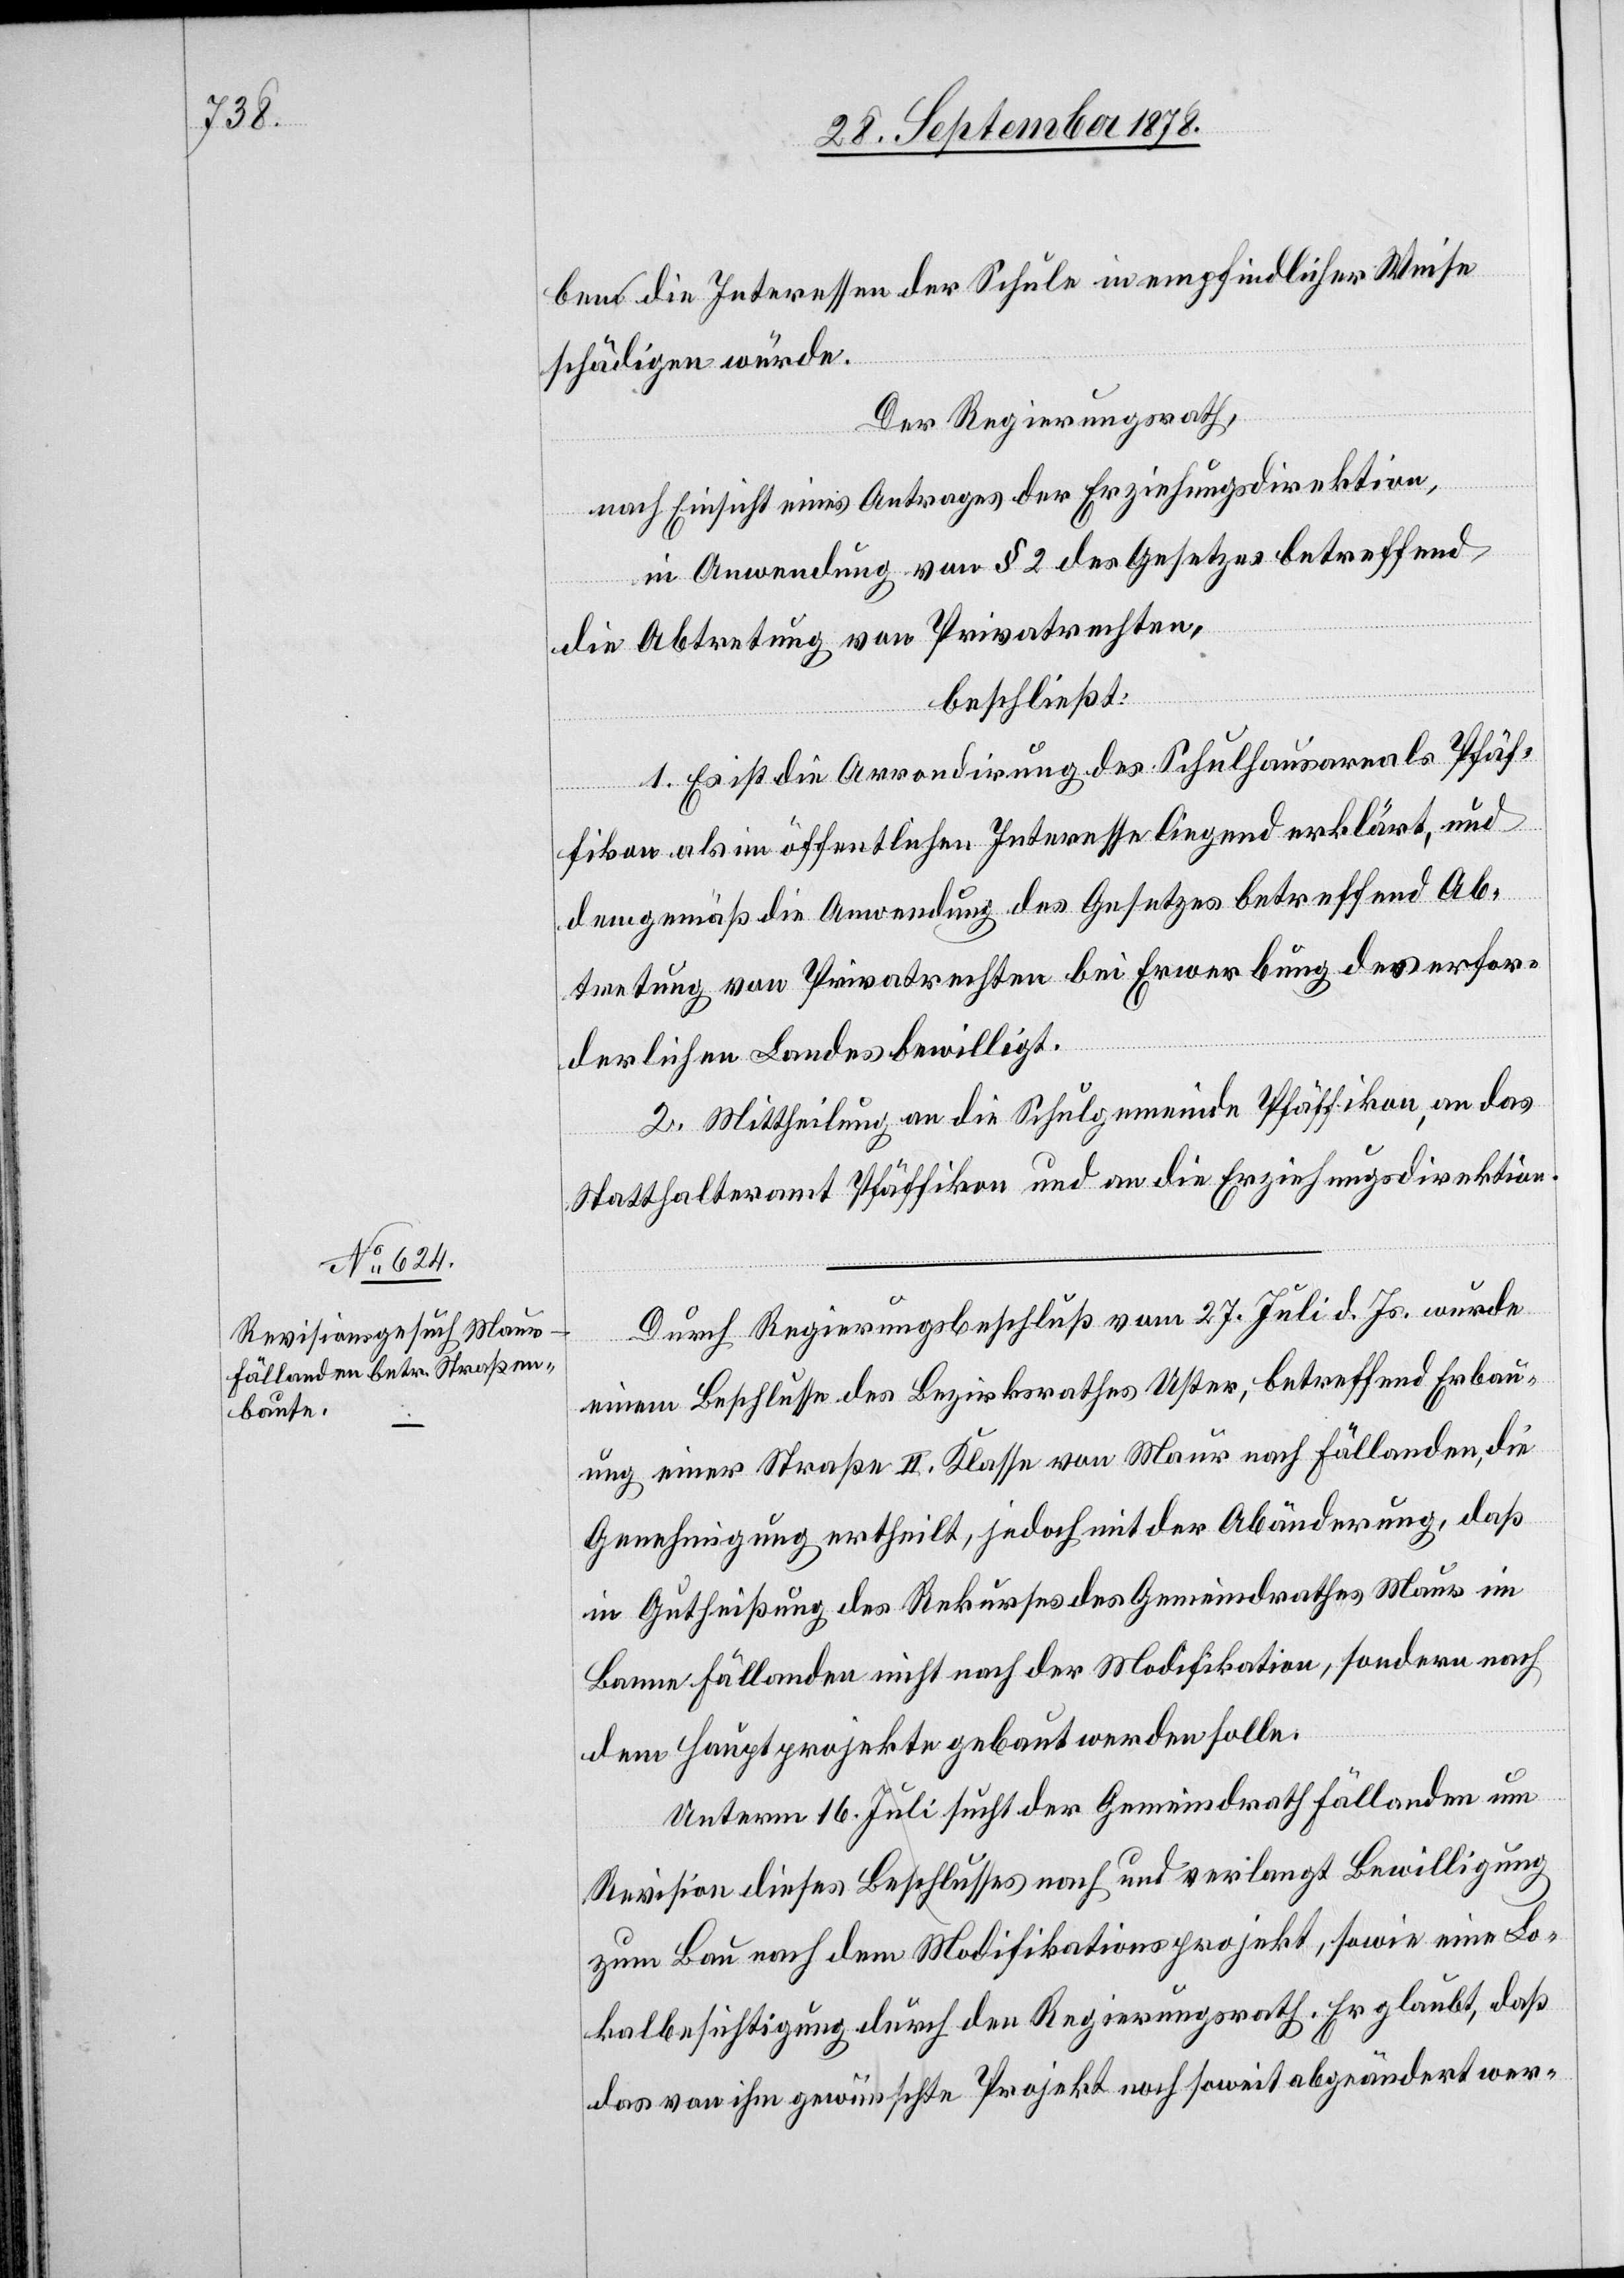
bem die Interessen der Schule in empfindlicher Weise
schädigen würde.
Der Regierungsrath,
nach Einsicht eines Antrages der Erziehungsdirektion,
in Anwendung von § 2 des Gesetzes betreffend
die Abtretung von Privatrechten,
beschließt:
1. Es ist die Arrondirung des Schulhausareals Pfäf¬
fikon als im öffentlichen Interesse liegend erklärt, und
demgemäß die Anwendung des Gesetzes betreffend Ab¬
tretung von Privatrechten bei Erwerbung des erfor¬
derlichen Landes bewilligt.
2. Mittheilung an die Schulgemeinde Pfäffikon, an das
Statthalteramt Pfäffikon und an die Erziehungsdirektion.
Durch Regierungsbeschluß vom 27. Juli d. Js. wurde
einem Beschlusse des Bezirksrathes Uster, betreffend Erbau¬
ung einer Straße II. Klasse von Maur nach Fällanden, die
Genehmigung ertheilt, jedoch mit der Abänderung, daß
in Gutheißung des Rekurses des Gemeindrathes Maur im
Banne Fällanden nicht nach der Modifikation, sondern nach
dem Hauptprojekte gebaut werden solle.
Unterm 16. Juli sucht der Gemeindrath Fällanden um
Revision dieses Beschlusses nach und verlangt Bewilligung
zum Bau nach dem Modifikationsprojekt, sowie eine Lo¬
kalbesichtigung durch den Regierungsrath. Er glaubt, daß
das von ihm gewünschte Projekt noch soweit abgeändert wer-